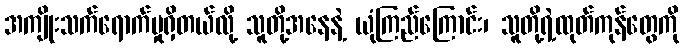
အကျိုးသက်ရောက်မှုရှိတယ်လို့ သူတို့အနေနဲ့ ယုံကြည်ကြောင်း၊ သူတို့ရဲ့ထုတ်ကုန်တွေကို